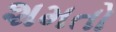
શમતો